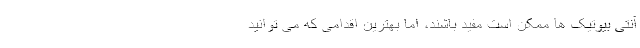
آنتی بیوتیک ها ممکن است مفید باشند، اما بهترین اقدامی که می توانید